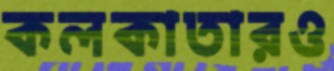
কলকাতারও